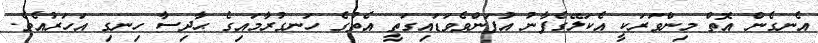
އެނގެން އޮތް މިންވަރަކީ އެކަލޭގެފާނު އުފަންވެވަޑައިގަތީ އެތުގެ ހަނގުރާމައިގެ ޙާދިސާ ހިނގި އަހަރުއެވެ.